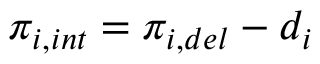
\pi _ { i , i n t } = \pi _ { i , d e l } - d _ { i }